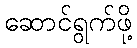
ဆောင်ရွက်ဖို့